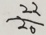
\frac { 2 2 } { 2 0 }